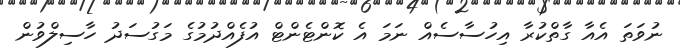
ނުވަތަ އެއާ ގާތްކުރާ އިހުސާސެއް ނަމަ އެ ކޮންޓެންޓް އުފެއްދުމުގެ މަގުސަދު ހާސިލްވުން